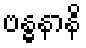
ဗန္ဓနာနိ